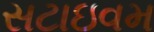
સટાઇવમ